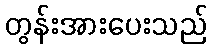
တွန်းအားပေးသည်